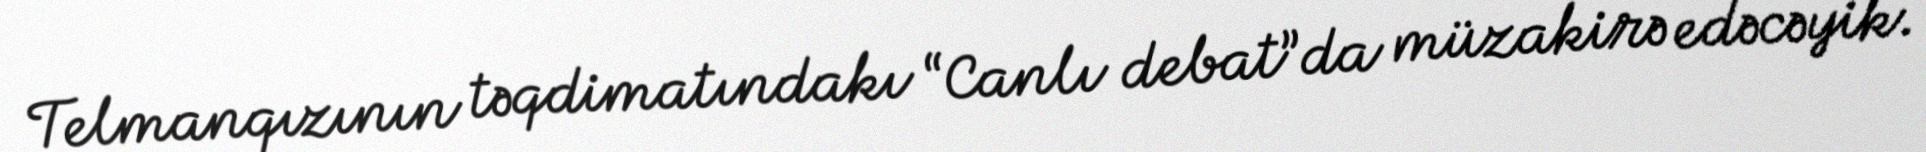
Telmanqızının təqdimatındakı “Canlı debat”da müzakirə edəcəyik.